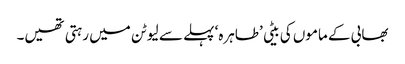
بھابی کے ماموں کی بیٹی ’طاہرہ‘ پہلے سے لیوٹن میں رہتی تھیں۔